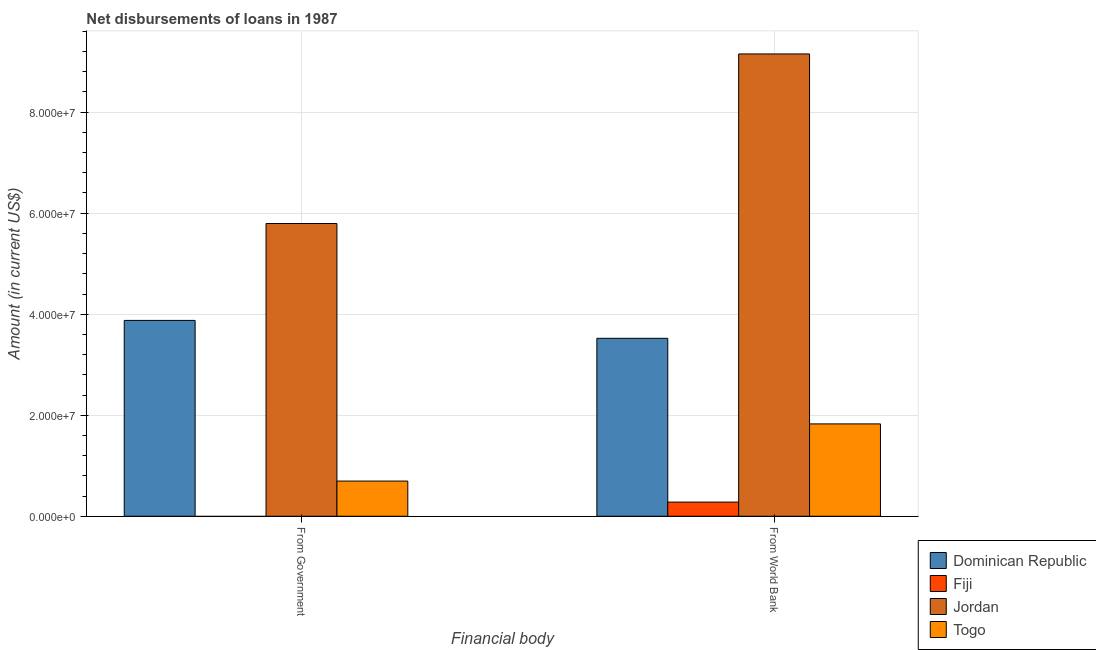
| Financial body | Dominican Republic | Fiji | Jordan | Togo |
 | --- | --- | --- | --- | --- |
 | From Government | 3.88e+07 | -3.54e+06 | 5.8e+07 | 6.97e+06 |
 | From World Bank | 3.52e+07 | 2.8e+06 | 9.15e+07 | 1.83e+07 |